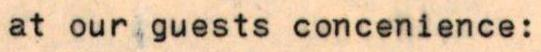
at our guests concenience: